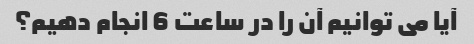
آیا می توانیم آن را در ساعت 6 انجام دهیم؟